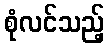
စုံလင်သည့်